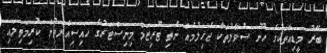
ބޭރު މީޑިއާތަކުގެ ހޫނު ސުވާލުތަކާ ޖެހިލުމެއް ނެތި ޓޫރިޒަމް މިނިސްޓަރުގެ ހައިސިއްޔަތުން ކުރިމަތިލައި